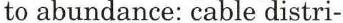
to abundance: cable distri-